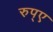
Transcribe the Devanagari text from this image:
रुप्ए